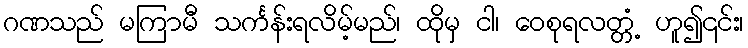
ဂဏသည် မကြာမီ သင်္ကန်းရလိမ့်မည်၊ ထိုမှ ငါ၊ ဝေစုရလတ္တံ့ ဟူ၍၎င်း၊